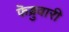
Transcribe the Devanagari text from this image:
फॆब्रुवारी